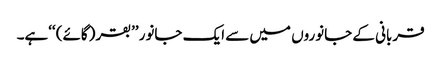
قربانی کے جانوروں میں سے ایک جانور ’’بقر (گائے) ‘‘ہے۔